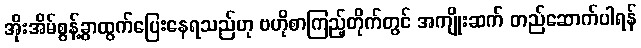
အိုးအိမ်စွန့်ခွာထွက်ပြေးနေရသည်ဟု ဗဟိုစာကြည့်တိုက်တွင် အကျိုးဆက် တည်ဆောက်ပါရန်